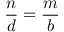
{ \frac { n } { d } } = { \frac { m } { b } }